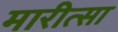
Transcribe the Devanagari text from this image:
मारीत्सा